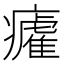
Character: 𭼲